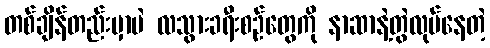
တစ်ချိန်တည်းမှာပဲ လသွားခရီးစဉ်တွေကို နာဆာနဲ့တွဲလုပ်နေတဲ့